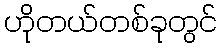
ဟိုတယ်တစ်ခုတွင်